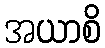
အယာစိ